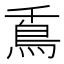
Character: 𩾭